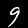
Digit: 9